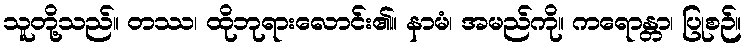
သူတို့သည်။ တဿ၊ ထိုဘုရားလောင်း၏။ နာမံ၊ အမည်ကို။ ကရောန္တာ၊ ပြုစဉ်။